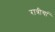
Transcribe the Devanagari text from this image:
रात्रीचां